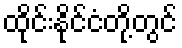
ထိုင်းနိုင်ငံတို့တွင်